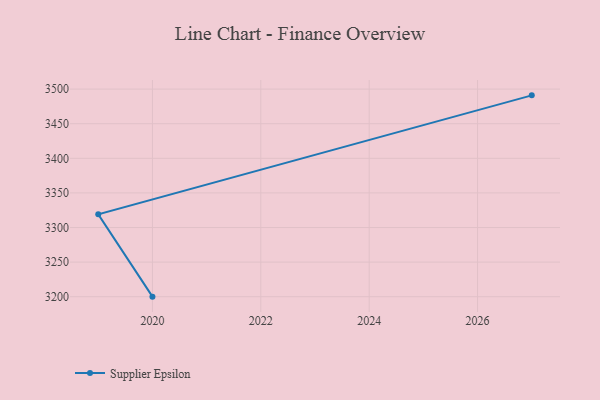
{"axis": {"x": "Year", "y": "Backlog"}, "legend": ["Supplier Epsilon"], "data": [{"x": "2020", "y": 3200.1, "type": "Supplier Epsilon"}, {"x": "2019", "y": 3319.0, "type": "Supplier Epsilon"}, {"x": "2027", "y": 3491.0, "type": "Supplier Epsilon"}]}